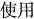
使用